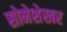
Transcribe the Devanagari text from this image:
सोमेशेखर